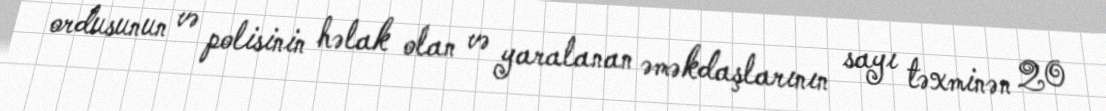
ordusunun və polisinin həlak olan və yaralanan əməkdaşlarının sayı təxminən 20